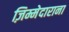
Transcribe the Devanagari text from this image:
ज़िम्मेदाराना